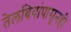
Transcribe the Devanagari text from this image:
तेलबियांपासूनही